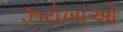
ઝરોખાઓ